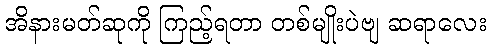
အိနားမတ်ဆုကို ကြည့်ရတာ တစ်မျိုးပဲဗျ ဆရာလေး